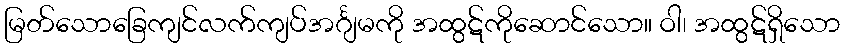
မြတ်သောခြေကျင်လက်ကျပ်အင်္ဂျမကို အထွဋ်ကိုဆောင်သော။ ဝါ၊ အထွဋ်ရှိသော